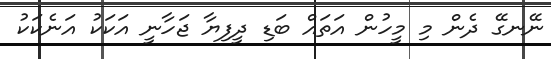
ނޭނގޭ ދެން މި މީހުން އަތައް ބަޑި ދީފިޔާ ޖަހާނީ އަކަކު އަނެކަކު